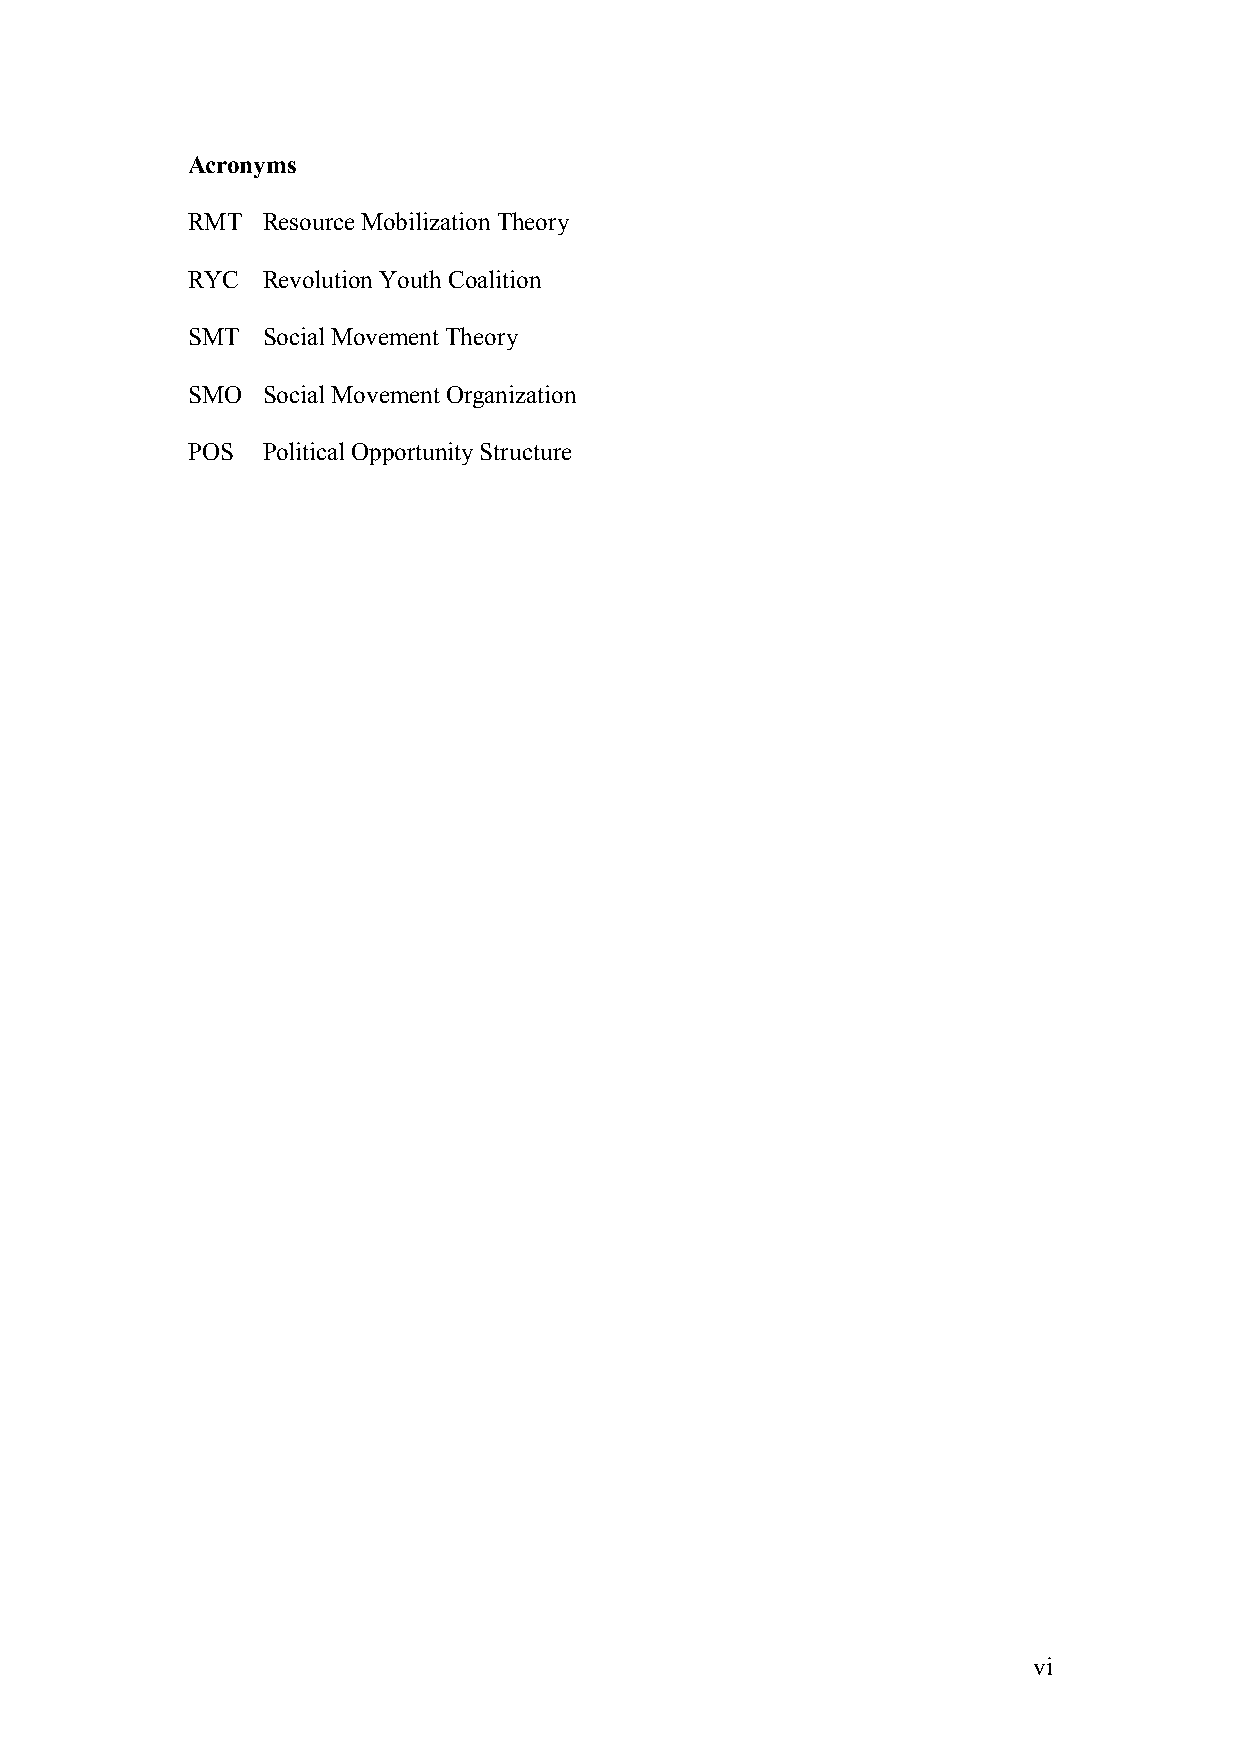
Acronyms
 RMT  Resource Mobilization Theory
 RYC  Revolution Youth Coalition
 SMT  Social Movement Theory
 SMO  Social Movement Organization
 POS  Political Opportunity Structure
 vi